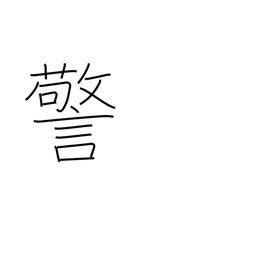
Meaning: commandment